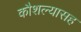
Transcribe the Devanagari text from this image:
कौशल्यासह